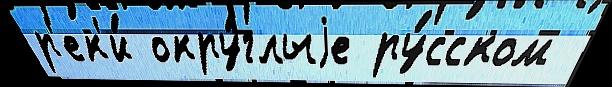
р'ек'и́ окру́глыjе ру́сском